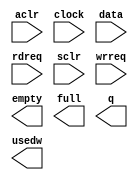
module svm_vut_scfifo_3528x64 (
	aclr,
	clock,
	data,
	rdreq,
	sclr,
	wrreq,
	empty,
	full,
	q,
	usedw);

	input	  aclr;
	input	  clock;
	input	[3297:0]  data;
	input	  rdreq;
	input	  sclr;
	input	  wrreq;
	output	  empty;
	output	  full;
	output	[3297:0]  q;
	output	[5:0]  usedw;

endmodule